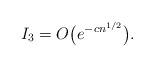
LaTeX: \begin{gather*}I_3 = O\big(e^{-cn^{1/2}}\big).\end{gather*}